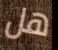
هل